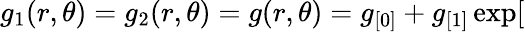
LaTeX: g_{1}(r,\theta)=g_{2}(r,\theta)=g(r,\theta)=g_{[0]}+g_{[1]}\exp[